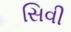
સિવી